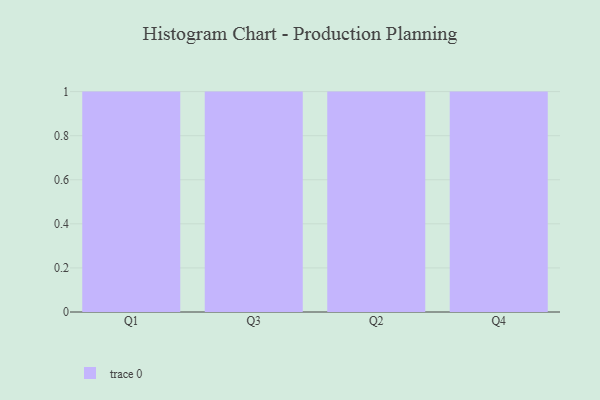
{"axis": {"x": "Quarter", "y": "Tickets Resolved"}, "legend": [""], "data": [{"x": "Q1", "y": 78, "type": ""}, {"x": "Q3", "y": 80, "type": ""}, {"x": "Q2", "y": 2, "type": ""}, {"x": "Q4", "y": 75, "type": ""}]}